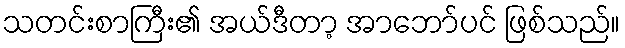
သတင်းစာကြီး၏ အယ်ဒီတာ့ အာဘော်ပင် ဖြစ်သည်။